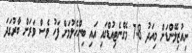
ނިއުޒިލޭންޑަށް މިއަދު 7.8 މެގްނެޓިއުޑްގައި އައި ބިންހެލުމަށް ފަހު ވެސް ވަރަށް ބާރުގަދަ